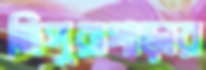
ত্রিপুরাপাড়ার